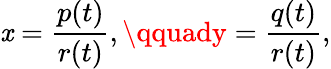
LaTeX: \mathit{x}={\frac{{p(t)}}{{r(t)}}},\qquady={\frac{{q(t)}}{{r(t)}}},